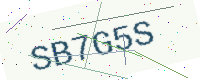
Text: SB7G5S